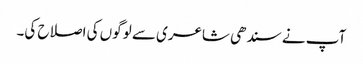
آپ نے سندھی شاعری سے لوگوں کی اصلاح کی۔